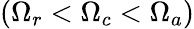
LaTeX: (\Omega_{r}<\Omega_{c}<\Omega_{a})